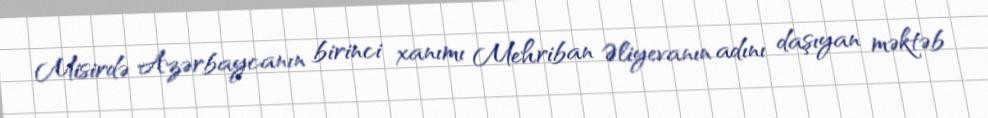
Misirdə Azərbaycanın birinci xanımı Mehriban Əliyevanın adını daşıyan məktəb